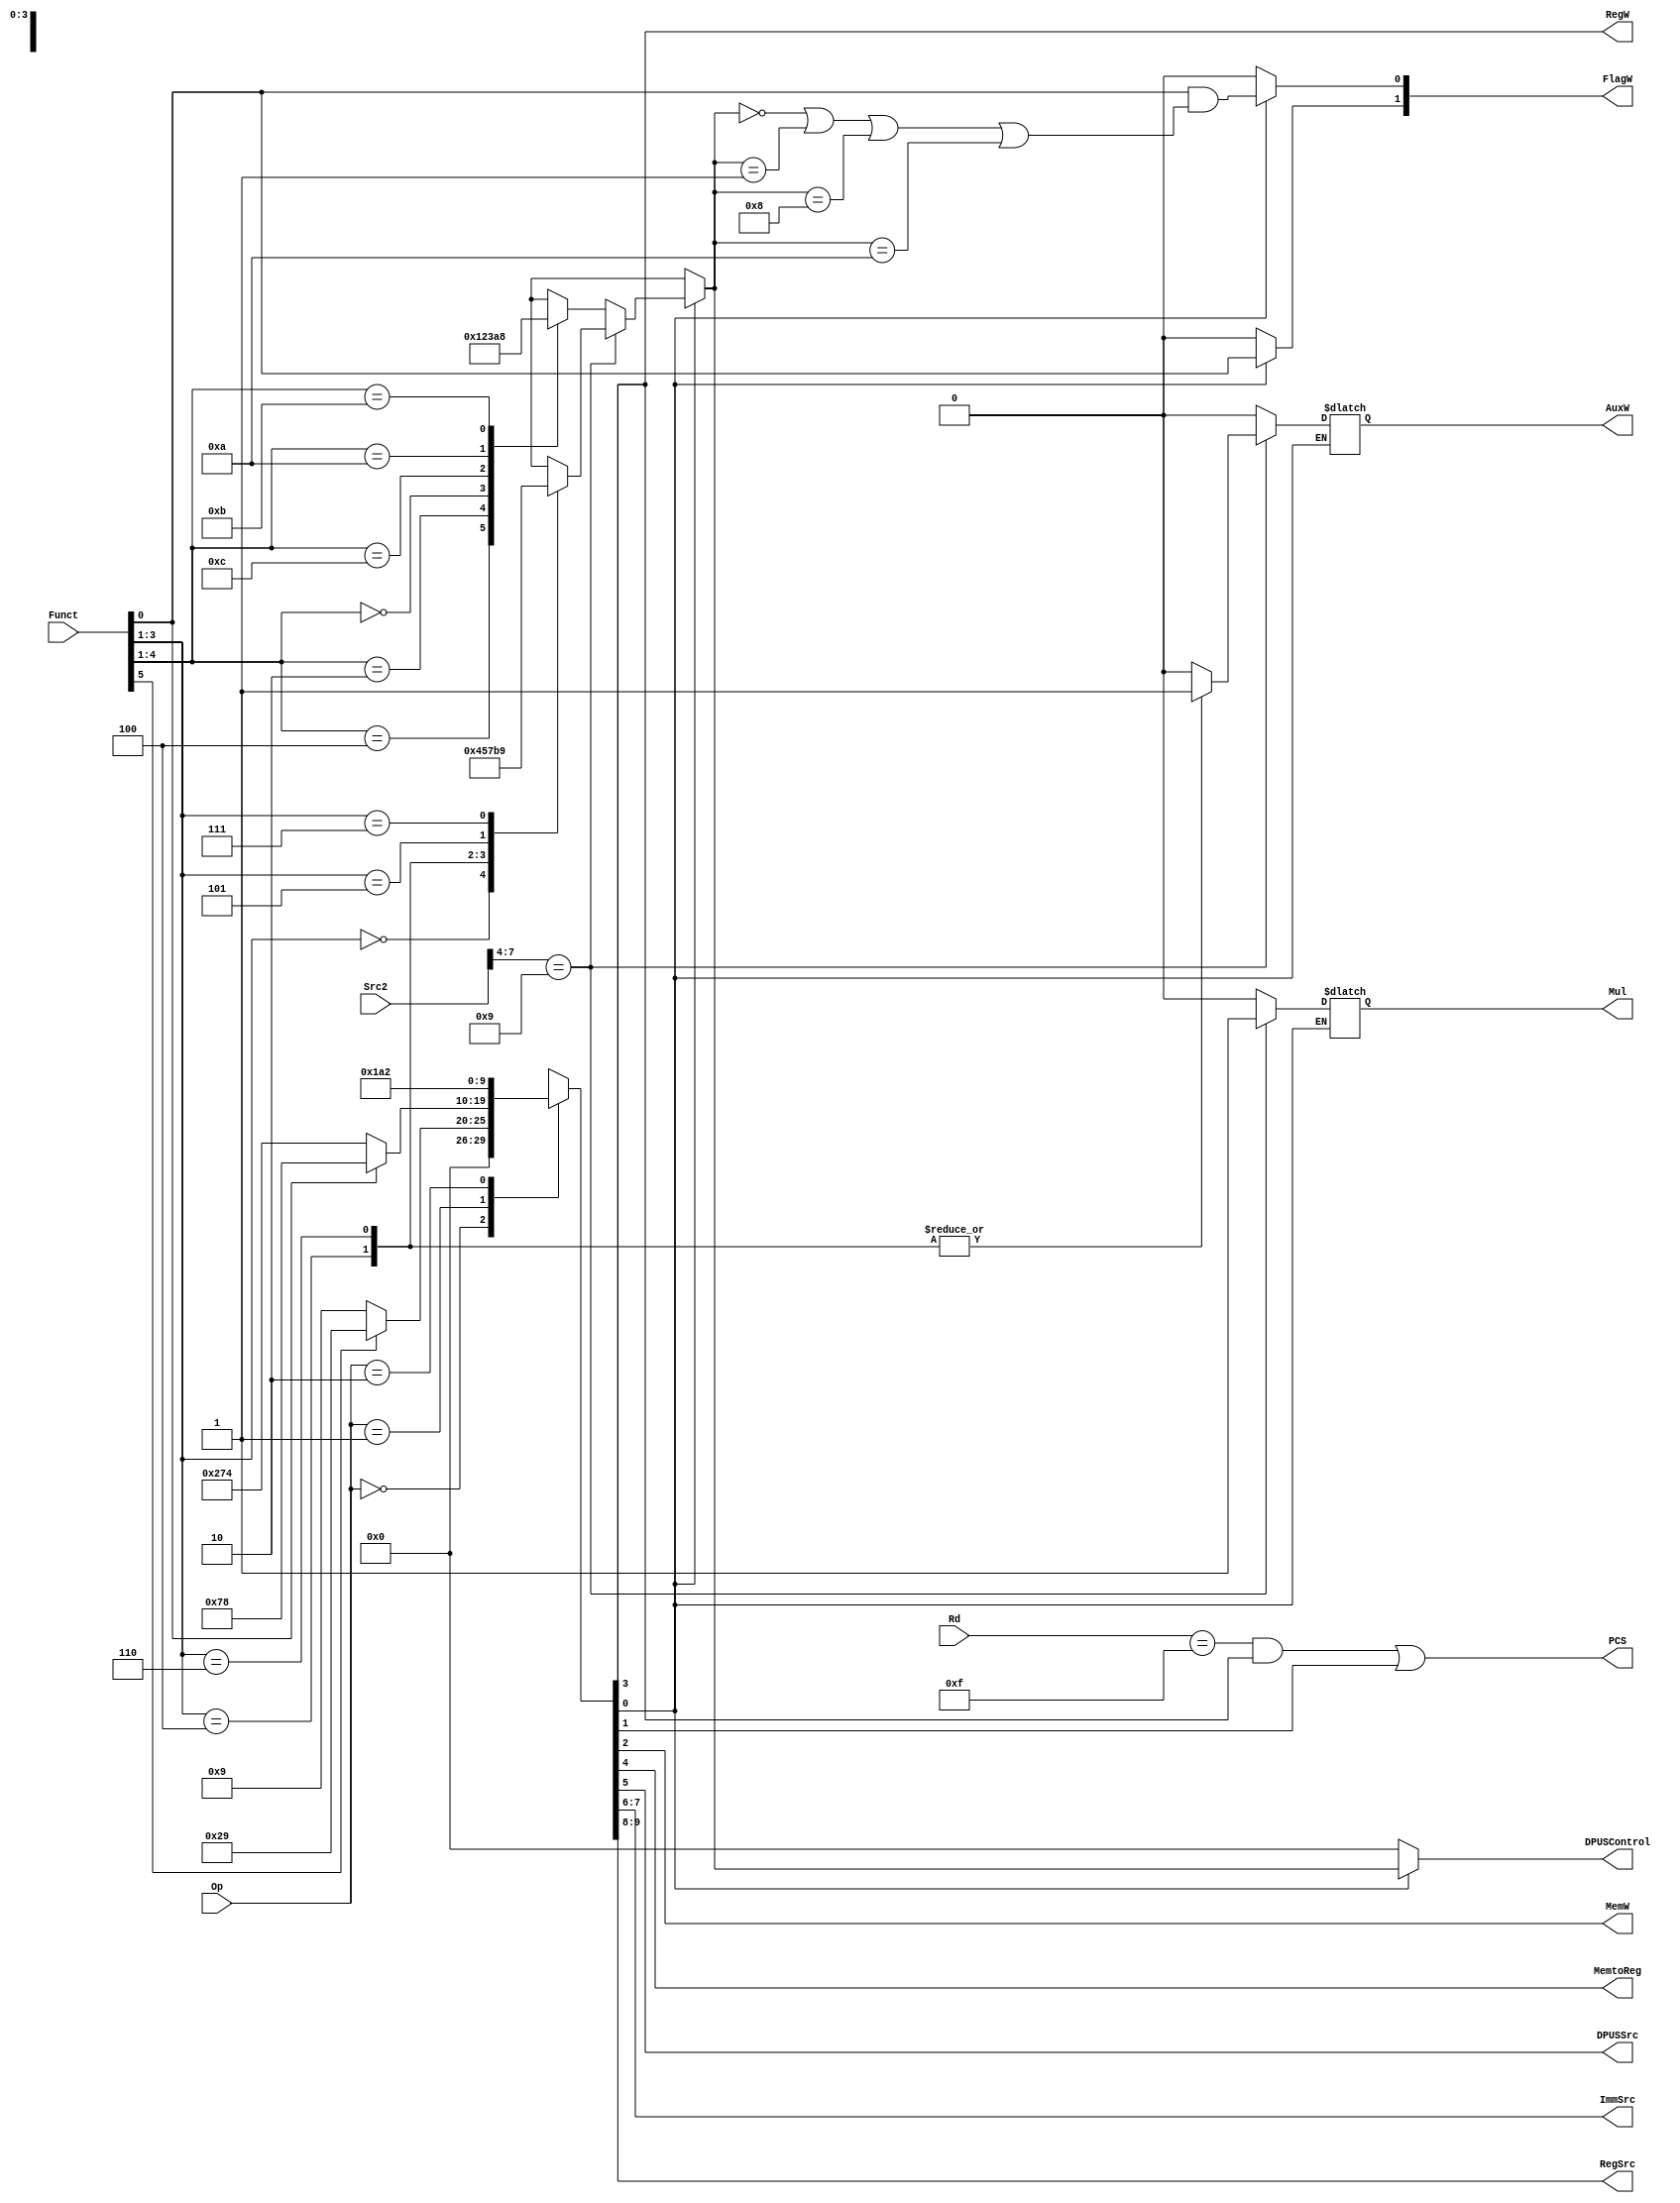
module decode (
	Op,
	Funct,
	Rd,
	Src2,
	FlagW,
	PCS,
	RegW,
	MemW,
	AuxW,
	Mul,
	MemtoReg,
	DPUSSrc,
	ImmSrc,
	RegSrc,
	DPUSControl
);
	// ADDED: New input to detect MUL's
	input wire [11:0] Src2;
	// ADDED: New output to define if auxiliar output is used (written) and if Mul structure is required
	output reg AuxW;
	output reg Mul;
	// ADDED: Resized and renamed ALU related inputs/outputs for DPUS
	input wire [1:0] Op;
	input wire [5:0] Funct;
	input wire [3:0] Rd;
	output reg [1:0] FlagW;
	output wire PCS;
	output wire RegW;
	output wire MemW;
	output wire MemtoReg;
	output wire DPUSSrc;
	output wire [1:0] ImmSrc;
	output wire [1:0] RegSrc;
	output reg [3:0] DPUSControl;
	reg [9:0] controls;
	wire Branch;
	wire DPUSOp;


	always @(*)		
		casex (Op)
			// Data processing instructions
			2'b00:
				// Settear controls en base a I (si la fuente es inmediate o no) 
				if (Funct[5])
					controls = 10'b0000101001;
				else
					controls = 10'b0000001001;
			// Memory instructions
			2'b01:
				// Settear controls en base a L (si es un Load o Store)
				if (Funct[0])
					controls = 10'b0001111000;
				else
					controls = 10'b1001110100;
			// Branch instructions
			2'b10: controls = 10'b0110100010;
			default: controls = 10'bxxxxxxxxxx;
		endcase
	assign {RegSrc, ImmSrc, DPUSSrc, MemtoReg, RegW, MemW, Branch, DPUSOp} = controls;
	
	
	always @(*)
		if (DPUSOp) begin
			// ADDED: Updated cases for DPUS and added MUL's detection
			case (Src2[7:4])
				4'b1001:
				begin
					// MUL's 
					Mul = 1'b1;
					case (Funct[3:1])
						// Only UMULL and SMULL have AuxW on
						3'b000: begin DPUSControl = 4'b0100; AuxW = 1'b0; end // MUL
						3'b100: begin DPUSControl = 4'b0101; AuxW = 1'b1; end// UMULL
						3'b110: begin DPUSControl = 4'b0111; AuxW = 1'b1; end// SMULL
						3'b101: begin DPUSControl = 4'b1011; AuxW = 1'b0; end// MULL32
						3'b111: begin DPUSControl = 4'b1001; AuxW = 1'b0; end// MULL16
						default: begin DPUSControl = 4'bxxxx; AuxW = 1'b0; end// Default
					endcase
				end
				default: 
				begin
					// Standard
					Mul = 1'b0;
					AuxW = 1'b0; // Only MULs might use auxiliary output
					case (Funct[4:1])
						4'b0100: DPUSControl = 4'b0000; // ADD
						4'b0010: DPUSControl = 4'b0001; // SUB
						4'b0000: DPUSControl = 4'b0010; // AND (bitwise)
						4'b1100: DPUSControl = 4'b0011; // ORR (bitwise)
						4'b1010: DPUSControl = 4'b1010; // ADD32
						4'b1011: DPUSControl = 4'b1000; // ADD16
						default: DPUSControl = 4'bxxxx; // Default
					endcase					
				end
			endcase


			// FlagW[1]: NZ should be saved 
			// FlagW[1]: CV should be saved
			FlagW[1] = Funct[0]; // Siempre qe S este activo

			// ADDED: Updated FlagW to include also ADD16 and ADD32
			FlagW[0] = Funct[0] & ((DPUSControl == 4'b0000) | (DPUSControl == 4'b0001) | (DPUSControl == 4'b1000) |(DPUSControl == 4'b1010)); // Solo para ADD16, ADD32, ADD y SUBB
		end
		else begin
			DPUSControl = 4'b0000; 
			FlagW = 2'b00; // No se escribe
		end
	assign PCS = ((Rd == 4'b1111) & RegW) | Branch; // PC set: Si es una instrucction Branch o si es un Write en R15
endmodule